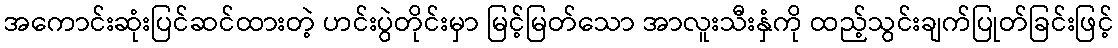
အကောင်းဆုံးပြင်ဆင်ထားတဲ့ ဟင်းပွဲတိုင်းမှာ မြင့်မြတ်သော အာလူးသီးနှံကို ထည့်သွင်းချက်ပြုတ်ခြင်းဖြင့်